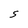
Character: S